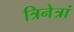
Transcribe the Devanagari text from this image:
त्रिनेत्रां